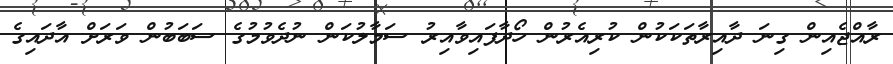
ރާއްޖެއިން ގިނަ ދާއިރާތަކަކުން ކުރިއެރުން ހޯދާފައިވާއިރު ސަމާލުކަން ނުދެވުމުގެ ސަބަބުން ވަރަށް އާދައިގެ